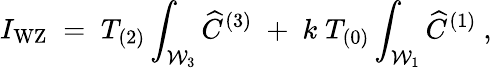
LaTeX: I_{\mathrm{WZ}}\; =\; T_{(2)}\int_{{\cal W}_{3}}{\widehat C}^{(3)}\; +\; k\; T_{(0)}\int_{{\cal W}_{1}}{\widehat C}^{(1)}\ ,